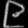
Digit: ၉